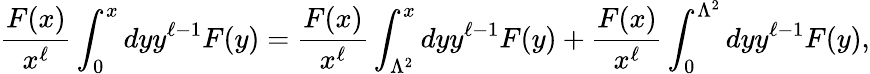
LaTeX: {\frac{F(x)}{x^{\ell}}}\int_{0}^{x}dyy^{\ell-1}F(y)={\frac{F(x)}{x^{\ell}}}\int_{\Lambda^{2}}^{x}dyy^{\ell-1}F(y)+{\frac{F(x)}{x^{\ell}}}\int_{0}^{\Lambda^{2}}dyy^{\ell-1}F(y),